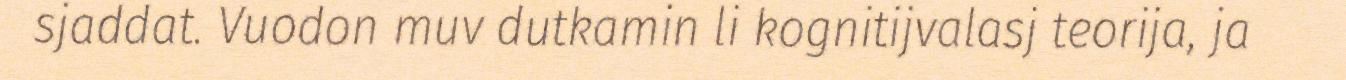
sjaddat. Vuodon muv dutkamin li kognitijvalasj teorija, ja